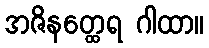
အဇိနတ္ထေရ ဂါထာ။